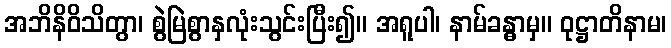
အဘိနိဝိသိတွာ၊ စွဲမြဲစွာနှလုံးသွင်းပြီး၍။ အရူပါ၊ နာမ်ခန္ဓာမှ။ ဝုဋ္ဌာတိနာမ၊